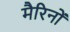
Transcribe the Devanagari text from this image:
मैरिनों